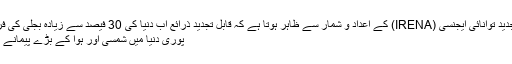
بین الاقوامی قابل تجدید توانائی ایجنسی (IRENA) کے اعداد و شمار سے ظاہر ہوتا ہے کہ قابل تجدید ذرائع اب دنیا کی 30 فیصد سے زیادہ بجلی کی فراہمی کا حامل ہے.
پوری دنیا میں شمسی اور ہوا کے بڑے پیمانے پر کام ہو رہے ہیں۔